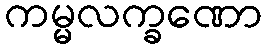
ကမ္မလက္ခဏော